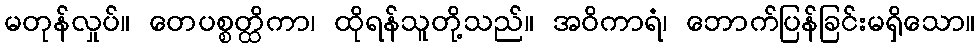
မတုန်လှုပ်။ တေပစ္စတ္ထိကာ၊ ထိုရန်သူတို့သည်။ အဝိကာရံ၊ ဘောက်ပြန်ခြင်းမရှိသော။